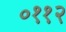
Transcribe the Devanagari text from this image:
०११२